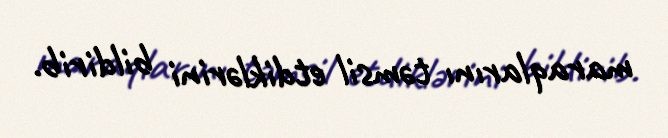
maraqlarını təmsil etdiklərini bildirib.